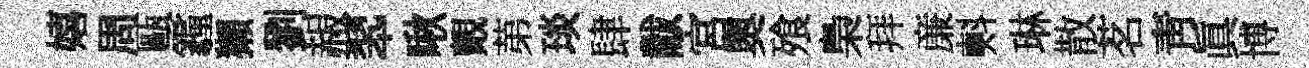
嬉周甌霾獺劉赧翆啾覿苐琰肆黻宮奥飱梟拜亷㪺琳散茗青真博